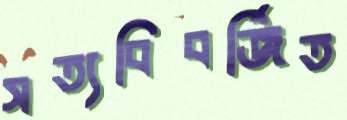
সত্যবিবর্জিত